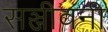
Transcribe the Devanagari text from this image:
सञ्जीवनी